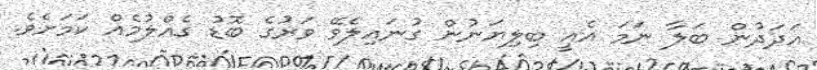
އަދަދުން ބަލާ ނަމަ އެއީ ބިލިޔަނުން ގުނައިލެވޭ ވަރުގެ ބޮޑު ގެއްލުމެއް ކަމަށެވެ.